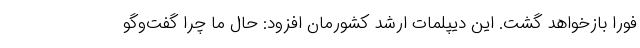
فورا بازخواهد گشت. این دیپلمات ارشد کشورمان افزود: حال ما چرا گفت‌وگو